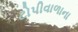
ટોપીવાળાના